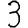
Digit: 3